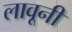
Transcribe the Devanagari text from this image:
लावूनी